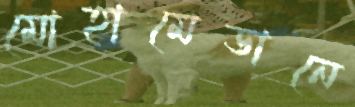
মোহামেডানে